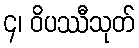
၄၊ ဝိပဿီသုတ်